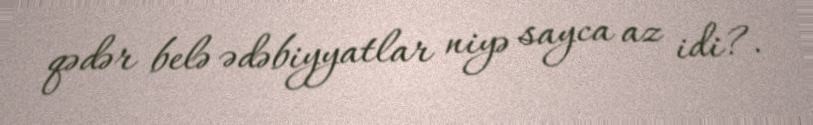
qədər belə ədəbiyyatlar niyə sayca az idi?.